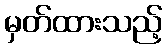
မှတ်ထားသည့်